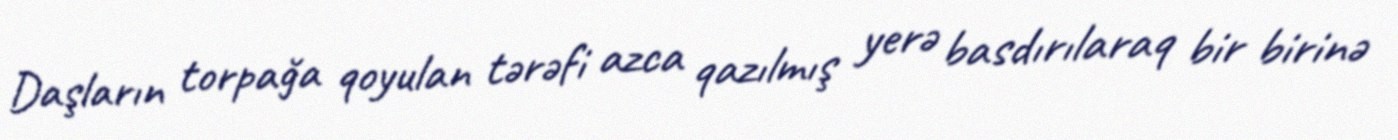
Daşların torpağa qoyulan tərəfi azca qazılmış yerə basdırılaraq bir birinə